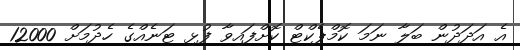
އެ އަދަދުން ބަލާ ނަމަ ކޮމްޕެކްޓް ކޮށްފައިވާ ފުޅި ޓަނެއްގެ ހެދުމަށް 12000